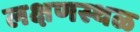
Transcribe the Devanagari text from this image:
लक्षणस्थळ